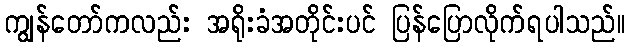
ကျွန်တော်ကလည်း အရိုးခံအတိုင်းပင် ပြန်ပြောလိုက်ရပါသည်။